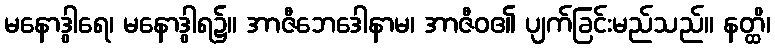
မနောဒွါရေ၊ မနောဒွါရ၌။ အာဇီဘေဒေါနာမ၊ အာဇီဝ၏ ပျက်ခြင်းမည်သည်။ နတ္ထိ၊